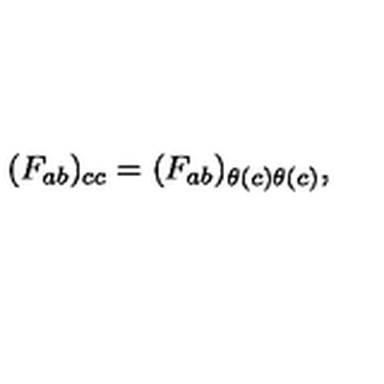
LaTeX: ( F _ { a b } ) _ { c c } = ( F _ { a b } ) _ { \theta ( c ) \theta ( c ) } ,